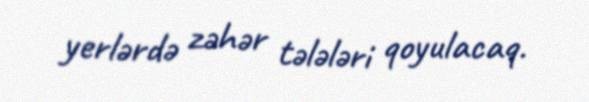
yerlərdə zəhər tələləri qoyulacaq.